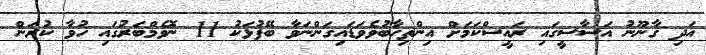
އަދި ގާނޫނު އަސާސީގައި ރައީސްކަމަށް އިންތިހާބުވެވަޑައިގަންނަވާ ބޭފުޅަކު 11 ނޮވެމްބަރުގައި ހުވާ ކުރަން